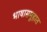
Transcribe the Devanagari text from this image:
भाषासमूहात